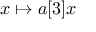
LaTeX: x \mapsto a [ 3 ] x